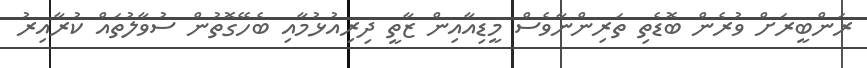
ރަންބީރަށް ވުރެން ބޮޑެތި ތަރިންނާވެސް މީޑިއާއިން ޒާތީ ދިރިއުޅުމާއި ބެހޭގޮތުން ސުވާލުތައް ކުރާއިރު